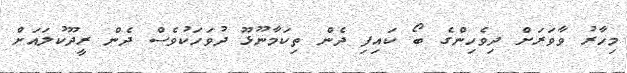
މިހާރު ވާވަރަށް ދިވެހިންގެ ބޯ ކައިފި ދެން ތިކަމާނޫޅޫ ދުވަހަކުވެސް ދެން ރީދޫކުލައަށް